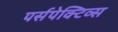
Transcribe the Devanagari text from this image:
पर्सपेक्टिव्स